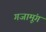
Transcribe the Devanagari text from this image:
गजामूंग